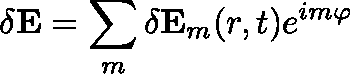
\mathbf { \delta E } = \sum _ { m } \delta \mathbf { E } _ { m } ( r , t ) e ^ { i m \varphi }